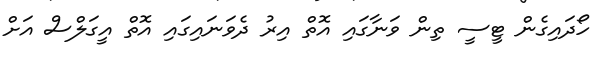
ހޯދައިގެން ޓީސީ ތިން ވަނާގައި އޮތް އިރު ދެވަނައިގައި އޮތް އީގަލްސް އަށް